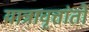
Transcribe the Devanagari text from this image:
यात्रावृत्तांतों